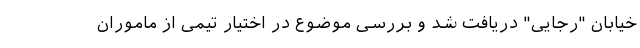
خیابان "رجایی" دریافت شد و بررسی موضوع در اختیار تیمی از ماموران